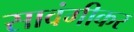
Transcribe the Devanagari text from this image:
सावंगीकर